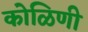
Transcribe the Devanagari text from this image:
कोळिणी